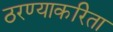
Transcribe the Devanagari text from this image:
ठरण्याकरिता